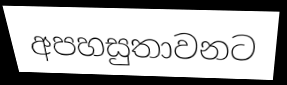
අපහසුතාවනට